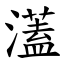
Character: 濭